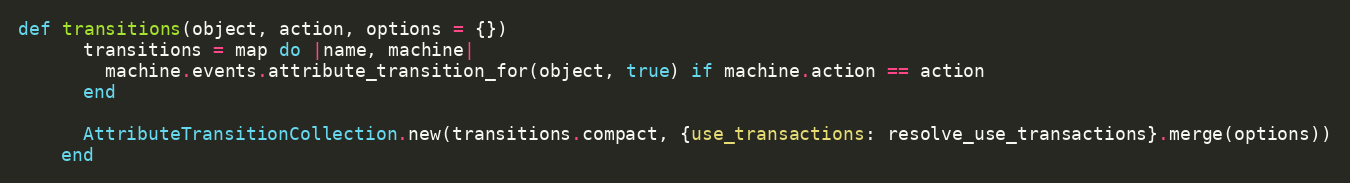
Language: Ruby
def transitions(object, action, options = {})
      transitions = map do |name, machine|
        machine.events.attribute_transition_for(object, true) if machine.action == action
      end

      AttributeTransitionCollection.new(transitions.compact, {use_transactions: resolve_use_transactions}.merge(options))
    end